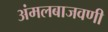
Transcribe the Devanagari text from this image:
अंमलबाजवणी